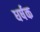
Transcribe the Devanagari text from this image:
धर्षक